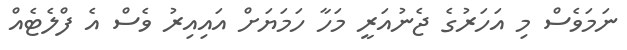
ނަމަވެސް މި އަހަރުގެ ޖެނުއަރީ މަހާ ހަމަޔަށް އައިއިރު ވެސް އެ ފްލެޓެއް